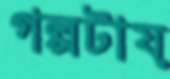
গল্পটায়